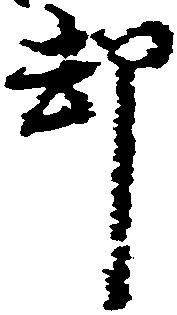
却